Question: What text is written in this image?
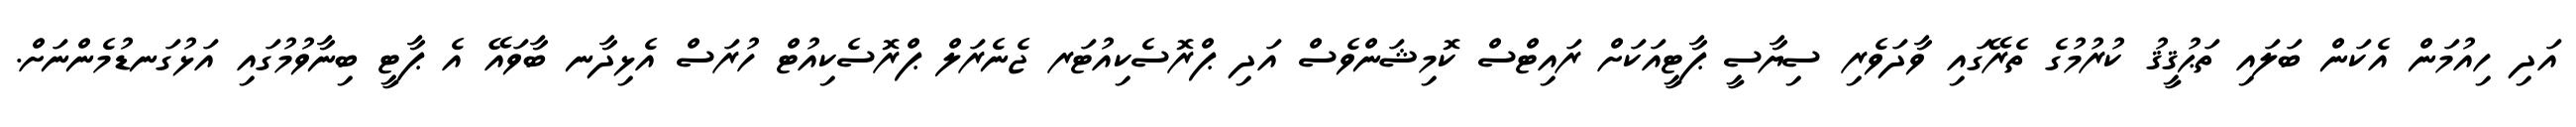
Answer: އަދި ހިއުމަން އެކަން ބަލައި ތަޙުޤީޤު ކުރުމުގެ ތެރޭގައި ވާދަވެރި ސިޔާސީ ޕާޓީއަކަށް ރައިޓްސް ކޮމިޝަންވެސް އަދި ޕްރޮސެކިއުޓަރ ޖެނެރަލް ޕްރޮސެކިއުޓް ހުރަސް އެޅިދާނ ބާވައޭ އެ ޕާޓީ ބިނާވުމުގައި އަޅުގަނޑުމެންނަށް.